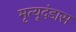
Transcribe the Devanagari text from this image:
मृत्यूदंडास